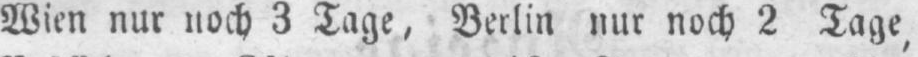
Wien nur noch 3 Tage, Berlin nur noch 2 Tage,